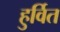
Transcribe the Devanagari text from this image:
हुर्वित